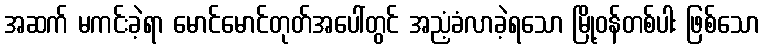
အဆက် မကင်းခဲ့ရာ မောင်မောင်တုတ်အပေါ်တွင် အညံ့ခံလာခဲ့ရသော မြို့ဝန်တစ်ပါး ဖြစ်သော